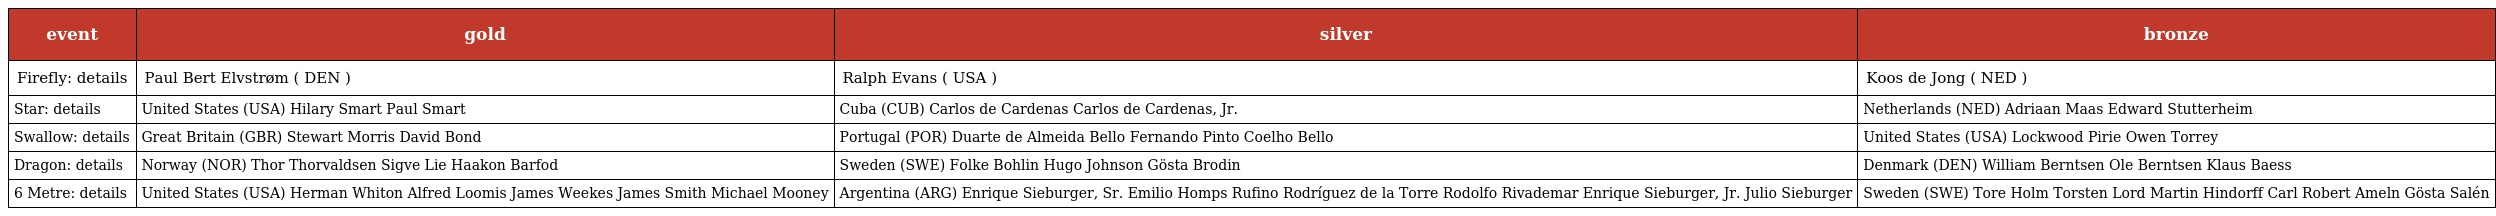
| event | gold | silver | bronze |
 | --- | --- | --- | --- |
 | Firefly: details | Paul Bert Elvstrøm ( DEN ) | Ralph Evans ( USA ) | Koos de Jong ( NED ) |
 | Star: details | United States (USA) Hilary Smart Paul Smart | Cuba (CUB) Carlos de Cardenas Carlos de Cardenas, Jr. | Netherlands (NED) Adriaan Maas Edward Stutterheim |
 | Swallow: details | Great Britain (GBR) Stewart Morris David Bond | Portugal (POR) Duarte de Almeida Bello Fernando Pinto Coelho Bello | United States (USA) Lockwood Pirie Owen Torrey |
 | Dragon: details | Norway (NOR) Thor Thorvaldsen Sigve Lie Haakon Barfod | Sweden (SWE) Folke Bohlin Hugo Johnson Gösta Brodin | Denmark (DEN) William Berntsen Ole Berntsen Klaus Baess |
 | 6 Metre: details | United States (USA) Herman Whiton Alfred Loomis James Weekes James Smith Michael Mooney | Argentina (ARG) Enrique Sieburger, Sr. Emilio Homps Rufino Rodríguez de la Torre Rodolfo Rivademar Enrique Sieburger, Jr. Julio Sieburger | Sweden (SWE) Tore Holm Torsten Lord Martin Hindorff Carl Robert Ameln Gösta Salén |